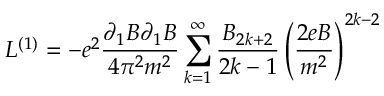
{ \cal L } ^ { ( 1 ) } = - e ^ { 2 } \frac { \partial _ { 1 } B \partial _ { 1 } B } { 4 \pi ^ { 2 } m ^ { 2 } } \sum _ { k = 1 } ^ { \infty } \frac { { \cal B } _ { 2 k + 2 } } { 2 k - 1 } \left( \frac { 2 e B } { m ^ { 2 } } \right) ^ { 2 k - 2 }